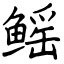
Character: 鳐